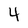
Character: 4